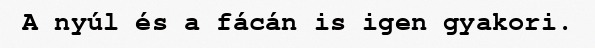
A nyúl és a fácán is igen gyakori.